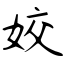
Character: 姣